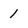
Character: 1